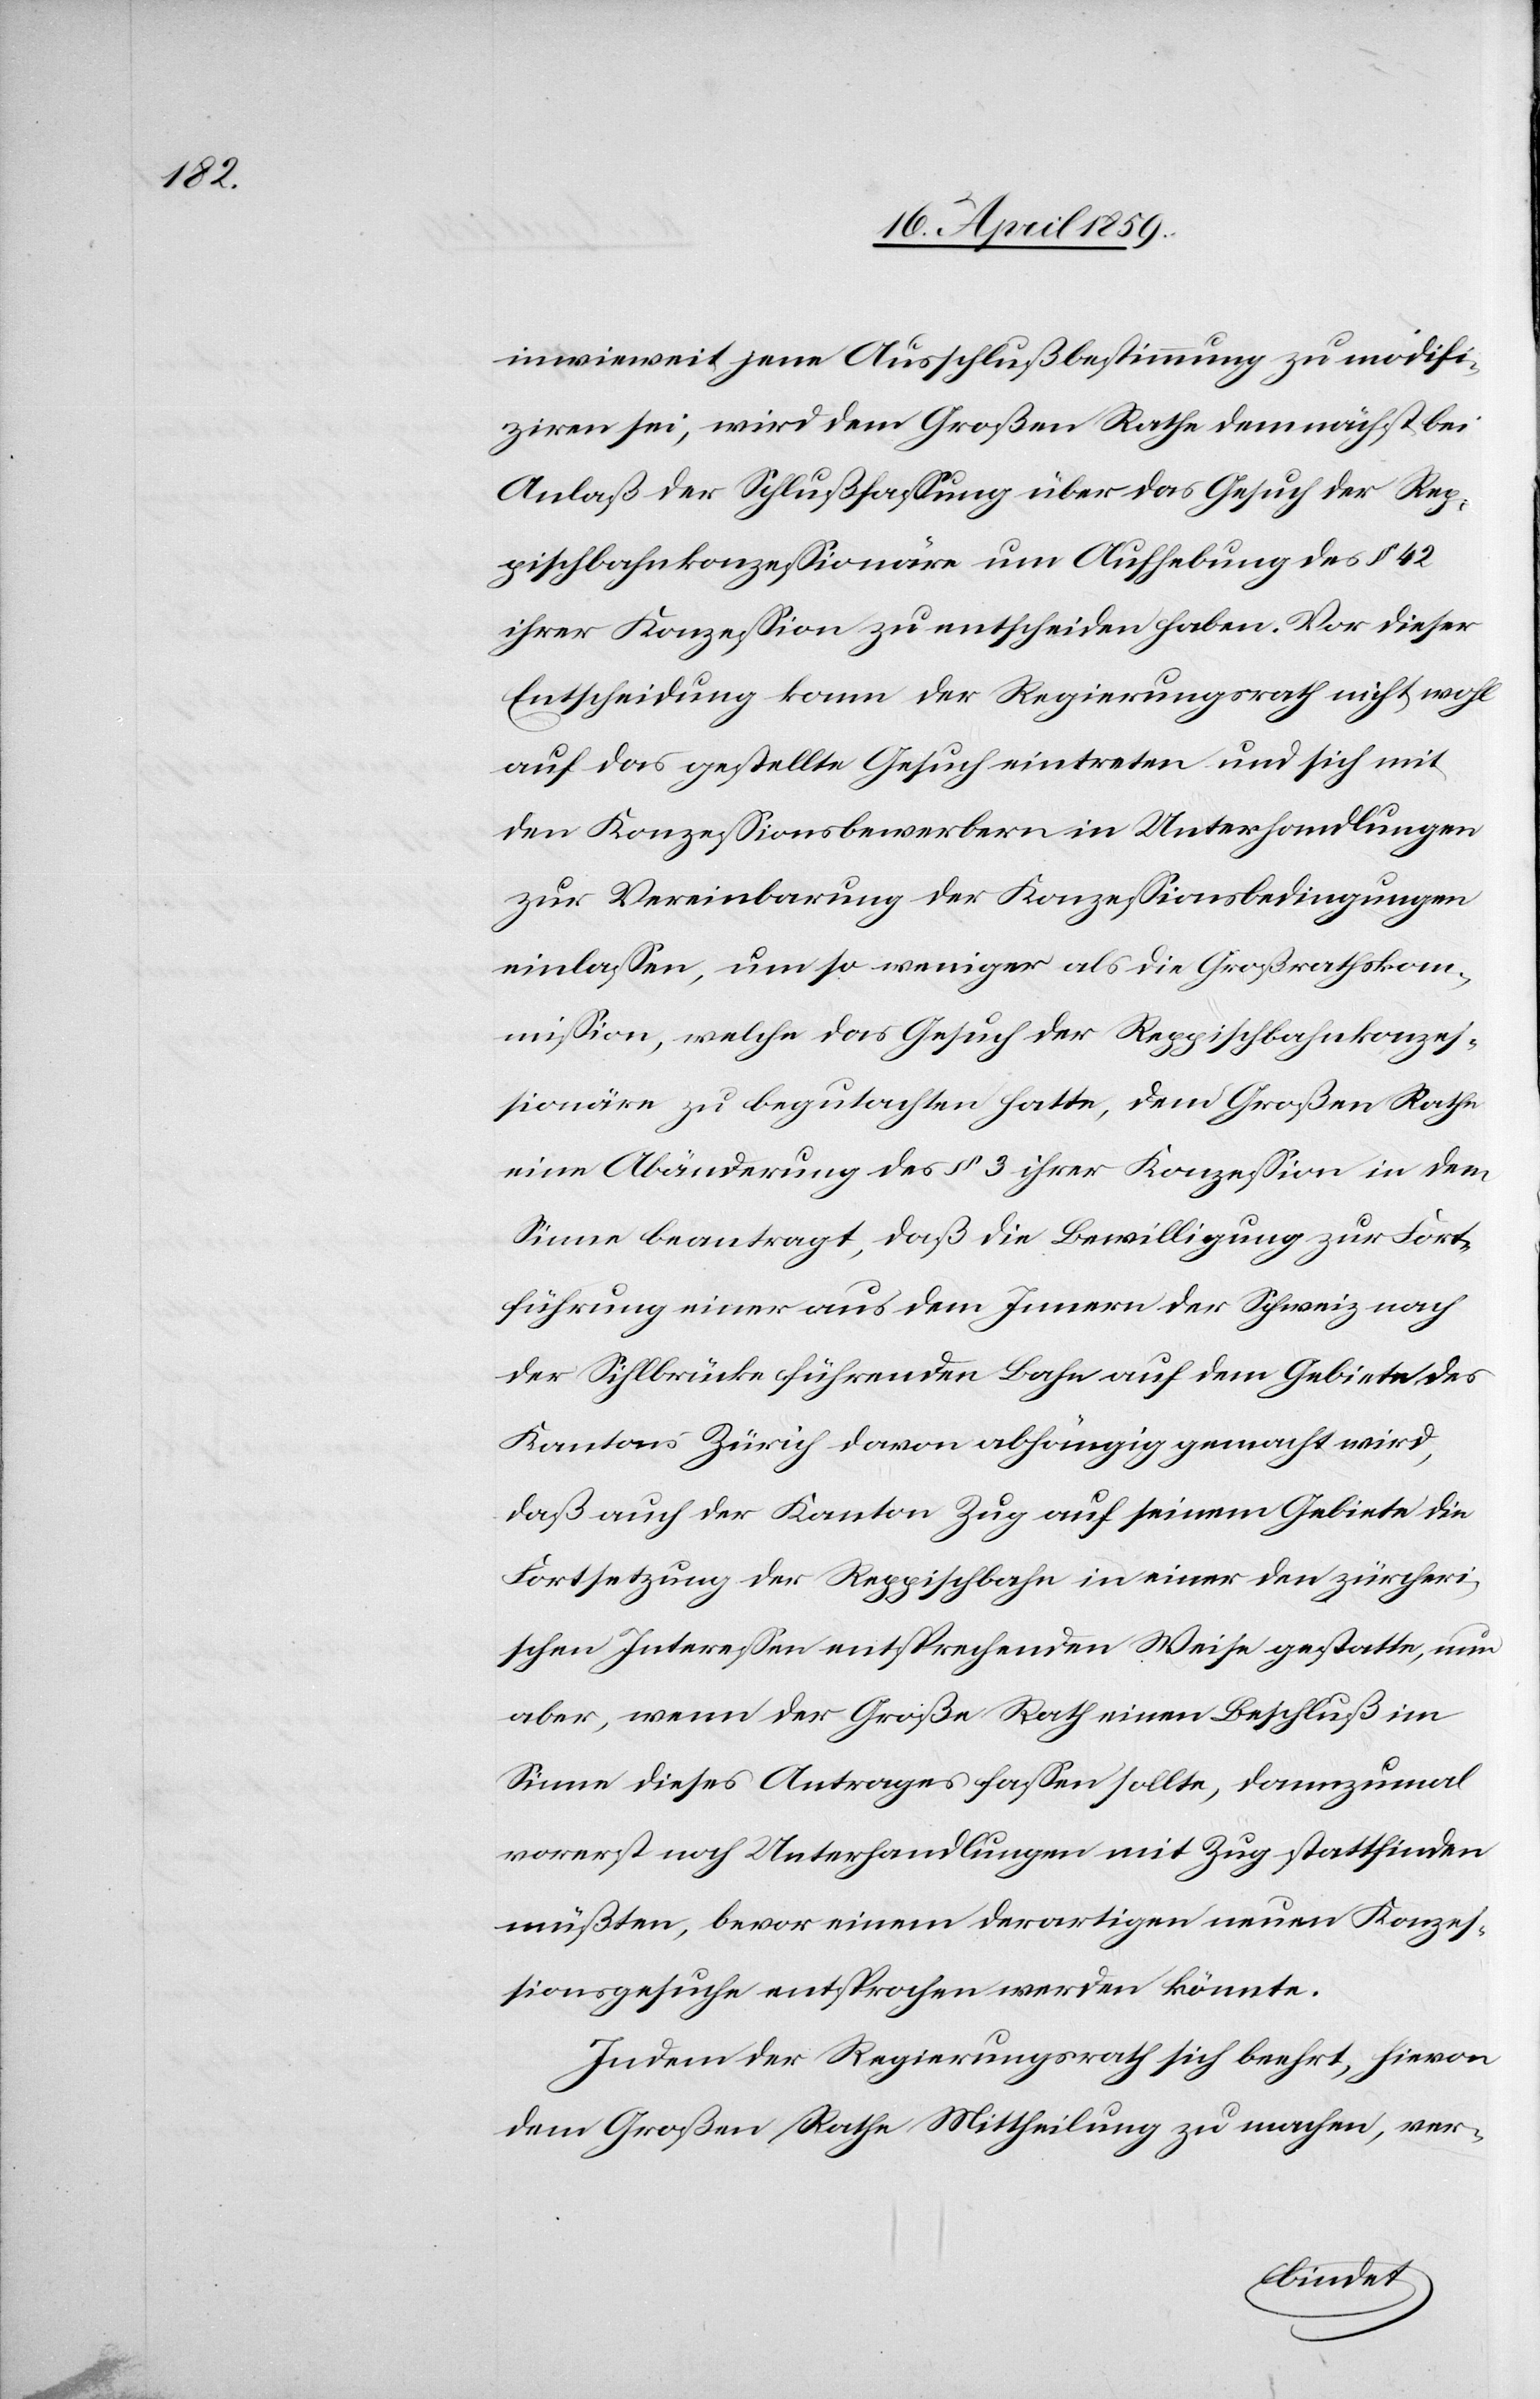
inwieweit jene Ausschlußbestimmung zu modifi¬
ziren sei, wird dem Großen Rathe demnächst bei
Anlaß der Schlußfaßung über das Gesuch der Rep¬
pischbahnkonzeßionäre um Aufhebung des § 42
ihrer Konzeßion zu entscheiden haben. Vor dieser
Entscheidung kann der Regierungsrath nicht wohl
auf das gestellte Gesuch eintreten und sich mit
den Konzeßionsbewerbern in Unterhandlungen
zur Vereinbarung der Konzeßionsbedingungen
einlaßen, um so weniger als die Großrathskom¬
mißon, welche das Gesuch der Reppischbahnkonzeß¬
ionäre zu begutachten hatte, dem Großen Rathe
eine Abänderung des § 3 ihrer Konzeßion in dem
Sinne beantragt, daß die Bewilligung zur Fort¬
führung einer aus dem Innern der Schweiz nach
der Sihlbrücke führenden Bahn auf dem Gebiete des
Kantons Zürich davon abhängig gemacht wird,
daß auch der Kanton Zug auf seinem Gebiete die
Fortsetzung der Reppischbahn in einer den zürcheri¬
schen Intereßen entsprechenden Weise gestatte, nun
aber, wenn der Große Rath einen Beschluß im
Sinne dieses Antrages faßen sollte, dannzumal
vorerst noch Unterhandlungen mit Zug stattfinden
müßten, bevor einem derartigen neuen Konzeß¬
ionsgesuche entsprochen werden könnte.
Indem der Regierungsrath sich beehrt, hievon
dem Großen Rathe Mittheilung zu machen, ver-